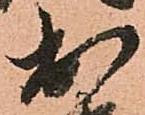
出